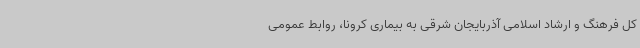
کل فرهنگ و ارشاد اسلامی آذربایجان شرقی به بیماری کرونا، روابط عمومی